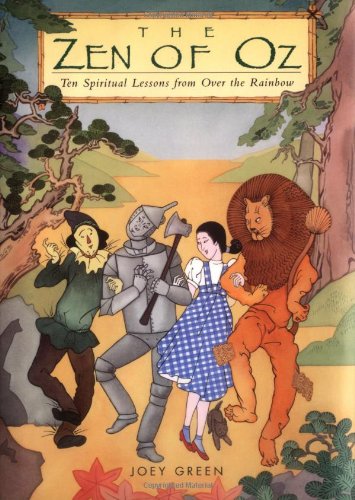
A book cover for The Zen of Oz: Ten Spiritual Lessons from Over the Rainbow; Joey Green; Science Fiction & Fantasy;